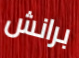
برانش